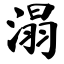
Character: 溻